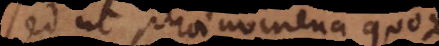
sed ut phaenomena quoque